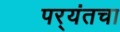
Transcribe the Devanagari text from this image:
पर्‍यंतचा